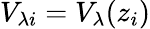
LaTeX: V_{\lambda i}=V_{\lambda}(z_{i})